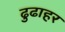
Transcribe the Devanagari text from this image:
ढुढाहर